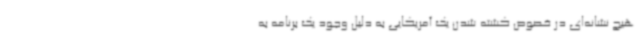
هیچ نشانه‌ای در خصوص کشته شدن یک آمریکایی به دلیل وجود یک برنامه به